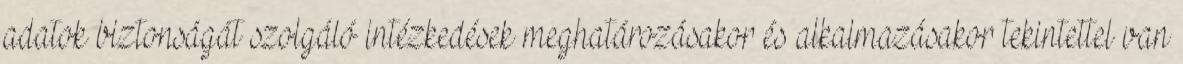
adatok biztonságát szolgáló intézkedések meghatározásakor és alkalmazásakor tekintettel van